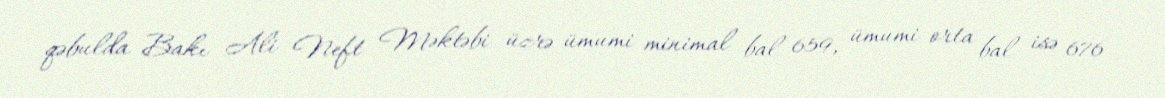
qəbulda Bakı Ali Neft Məktəbi üzrə ümumi minimal bal 659, ümumi orta bal isə 676